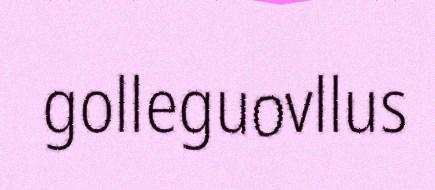
golleguovllus